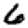
Digit: 6